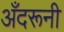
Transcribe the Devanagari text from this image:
अँदरूनी